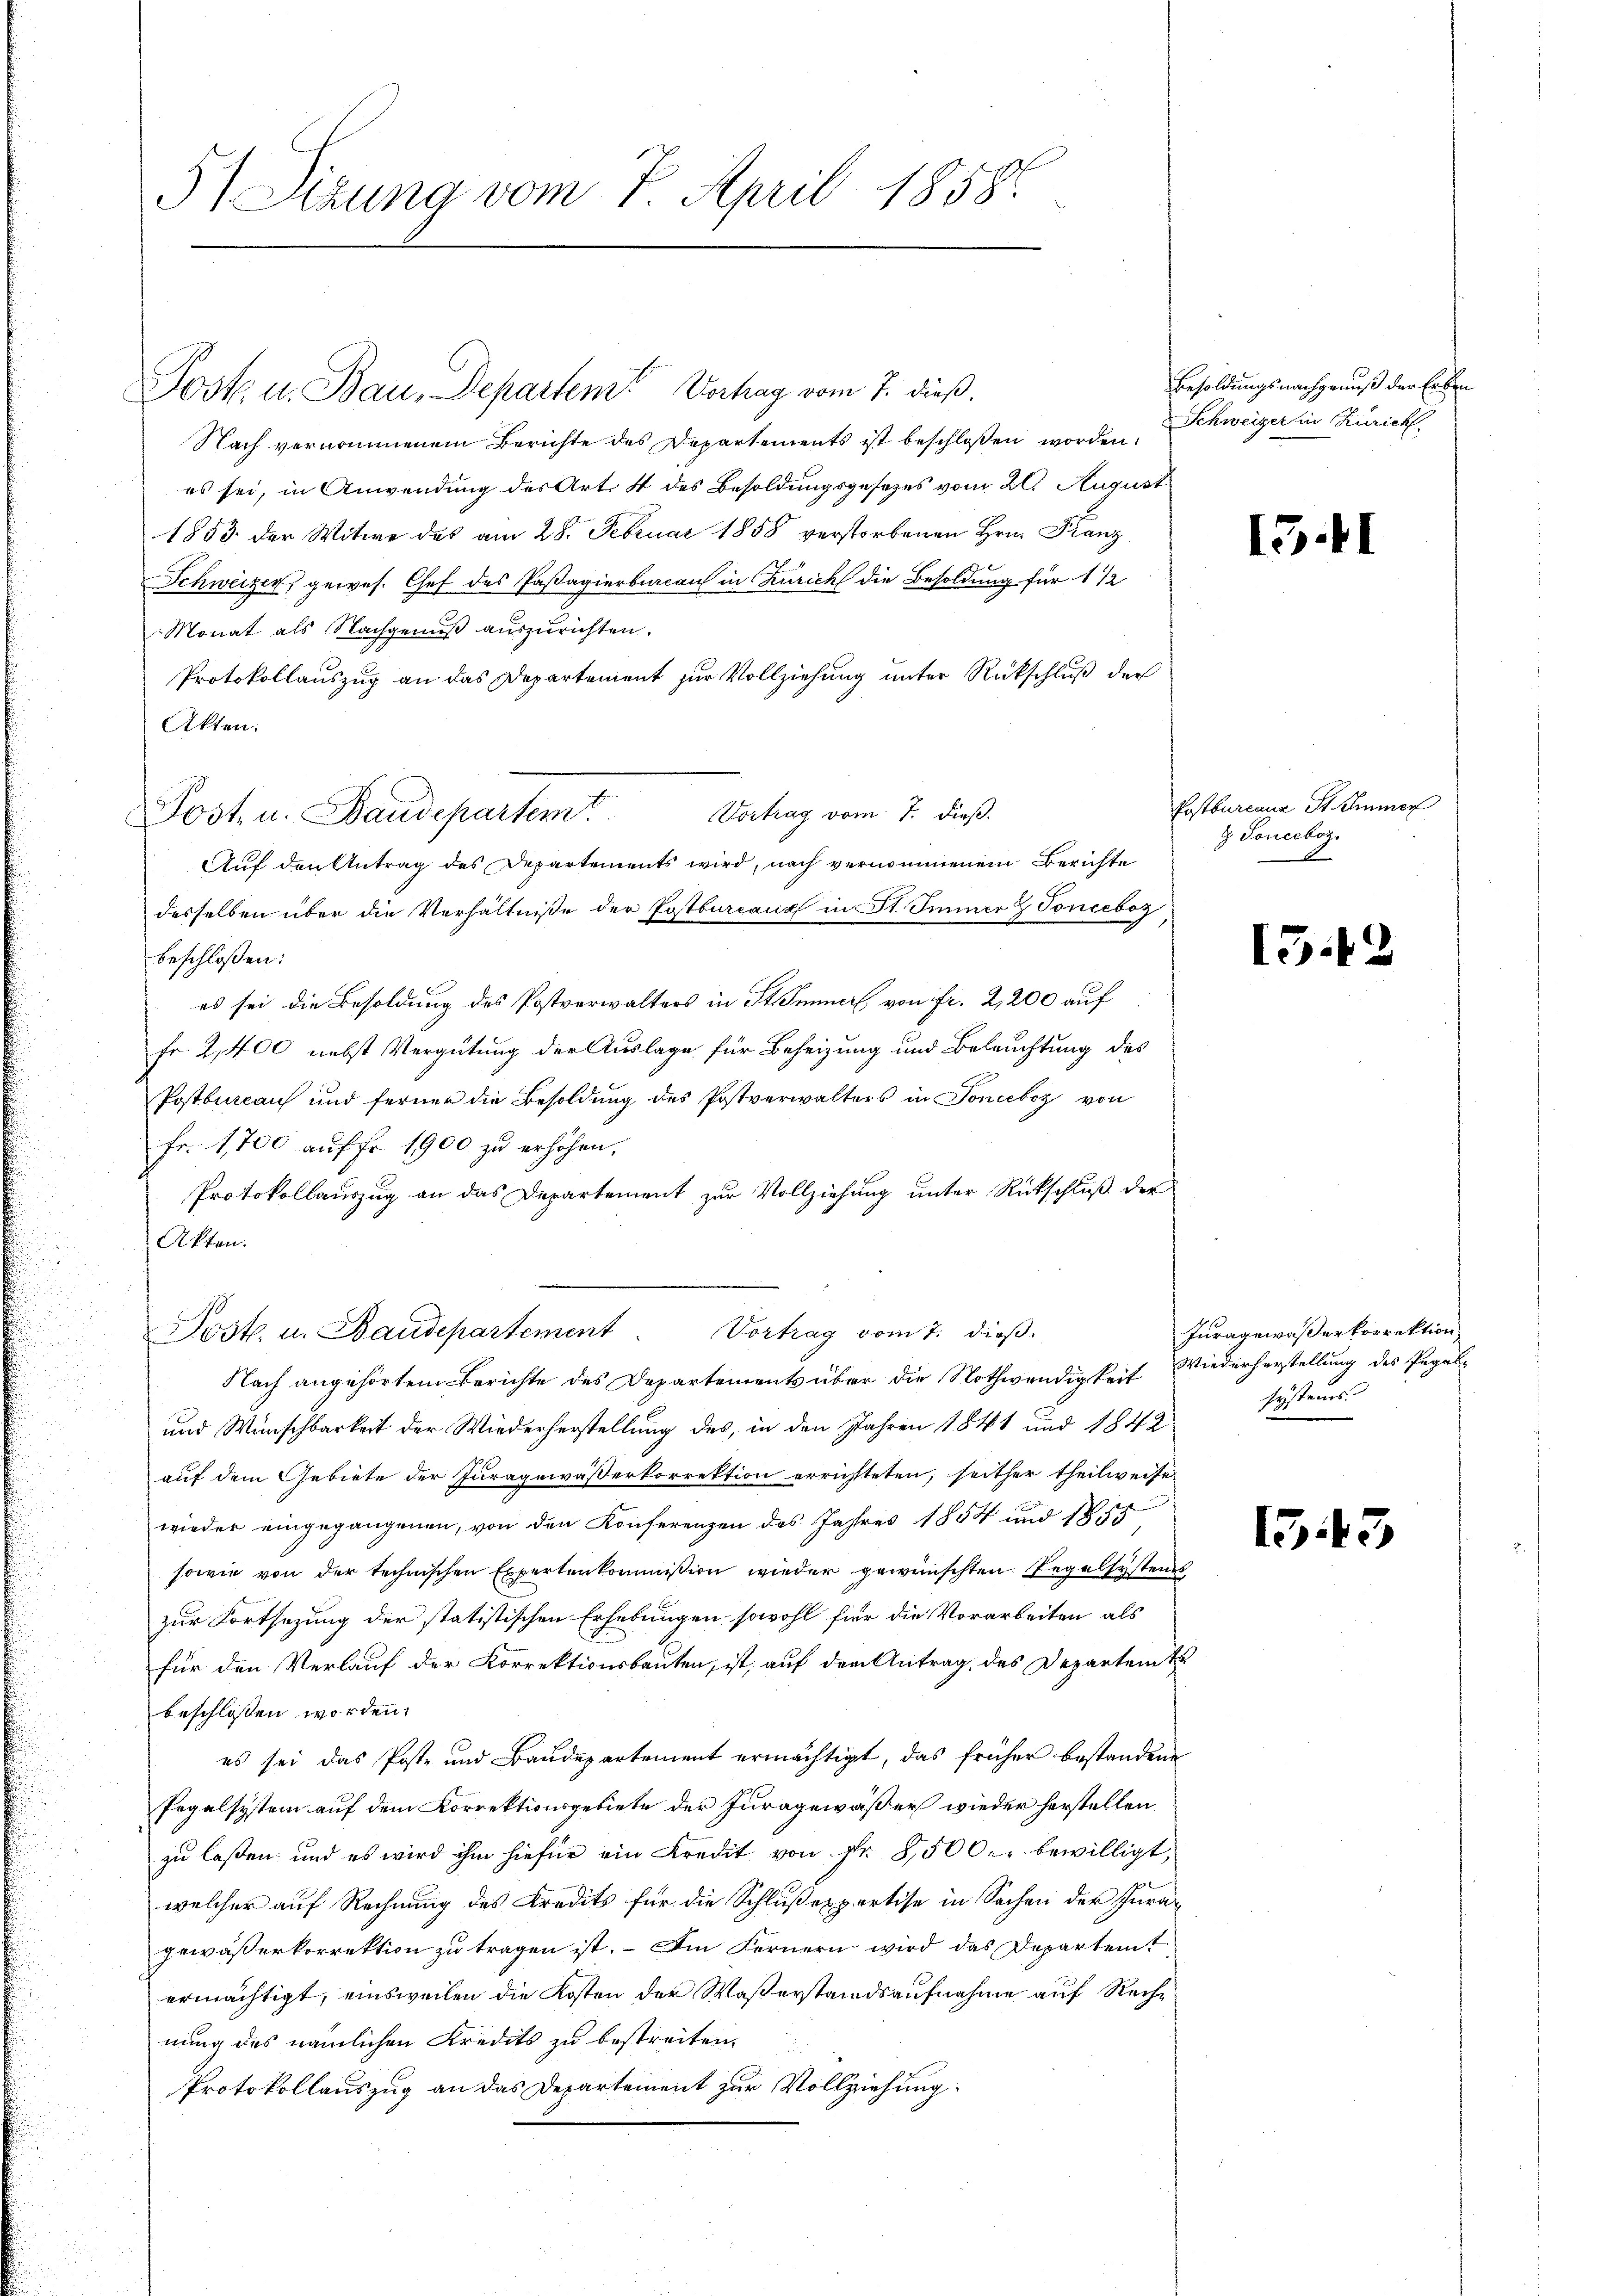
51 Sizung vom 7. April 1858.

Post u. Bau, Departem Vortrag vom 7. dieß.
Nach vernommenem Berichte des Departements ist beschlossen worden.
es sei, in Anwendung des Art. 4 des Besoldungsgesetzes vom 20. August
1853 der Witwe des am 28. Februar 1858 verstorbenen Hrn. Franz
Schweizer, gewes. Chef des Passagierbureau in Zürich die Besoldung für 1 1/2
Monat als Nachgenuß auszurichten.
Protokollauszug an das Departement zur Vollziehung unter Rückschluß der
Akten.
Vortrag vom 7. dieß.
Auf den Antrag des Departements wird, nach vernommenem Berichte
desselben über die Verhältnisse der Postbureaux in St. Immer & Tonceboz
beschloßen:
es sei die Besoldung des Postverwalters in St. Immer von fr. 2,200 auf
Fr. 2,400 nebst Vergütung der Auslage für Beheizung und Beleuchtung des
Postbureau und ferner die Besoldung des Postverwalters in Sonceboz von
Fr. 1700 auf fr. 1900 zu erhöhen.
Protokollauszug an das Departement zur Vollziehung unter Rückschluß der
Akten.
Vortrag vom 7. dieß.
Post. u. Baudepartement
Nach angehörtem Berichte des Departements über die Nothwendigkeit
und Wünschbarkeit der Wiederherstellung des, in den Jahren 1841 und 1842
auf dem Gebiete der Juragewässerkorrektion errichteten, seither theilweise
wieder eingegangenen, von den Konferenzen des Jahres 1854 und 1855
sowie von der technischen Expertenkommission wieder gewünschten Regelsystems
zur Fortsezung der statistischen Erhebungen sowohl für die Vorarbeiten als
für den Verlauf der Korrektionsbauten, ist, auf dem Antrag des Departents
beschlossen worden.
es sei das Poste und Baudepartement ermächtigt, das früher bestandene
Pegalsystem auf dem Korrektionsgebiete der Juragewäßer wieder herstellen,
zu lassen, und es wird ihm hiefür ein Kredit von Fr. 8500. bewilligt,
4
welcher auf Rechnung des Kredits für die Schlußexpertise in Sachen der Juragewäßerkorrektion zu tragen ist. Im Fernern wird das Departemt
ermächtigt, einsweilen die Kosten der Waßerstandsaufnahme auf Reche
nung des nämlichen Kredits zu bestreiten.
Protokollauszug an das Departement zur Vollziehung.

Post. u. Baudepartem

Besoldungsnachgenuß der Erben
Schweizer in Zürich.

15.1

Postburcana St. Immer
& Tonceboz.

15.

.

Juragewaßerkorrektion
Wiederherstellung des Pegale
systems.

1543